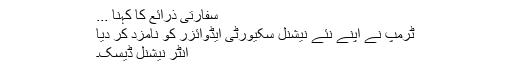
سفارتی ذرائع کا کہنا ...
ٹرمپ نے اپنے نئے نیشنل سکیورٹی ایڈوائزر کو نامزد کر دیا
انٹر نیشنل ڈیسک۔